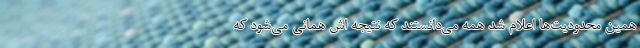
همین محدودیت‌ها اعلام شد همه می‌دانستند که نتیجه اش همانی می‌شود که